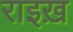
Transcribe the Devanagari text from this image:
राइख़